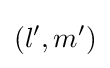
\left(l',m'\right)